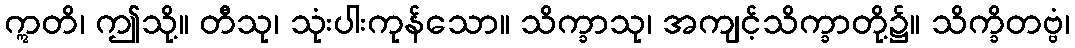
ဣတိ၊ ဤသို့။ တီသု၊ သုံးပါးကုန်သော။ သိက္ခာသု၊ အကျင့်သိက္ခာတို့၌။ သိက္ခိတဗ္ဗံ၊